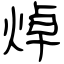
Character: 焯